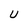
Character: U